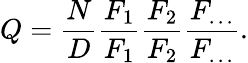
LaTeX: Q={\frac{N}{D}}{\frac{F_{1}}{F_{1}}}{\frac{F_{2}}{F_{2}}}{\frac{F_{\ldots}}{F_{\ldots}}}.